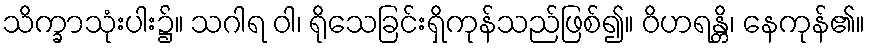
သိက္ခာသုံးပါး၌။ သဂါရ ဝါ၊ ရိုသေခြင်းရှိကုန်သည်ဖြစ်၍။ ဝိဟရန္တိ၊ နေကုန်၏။